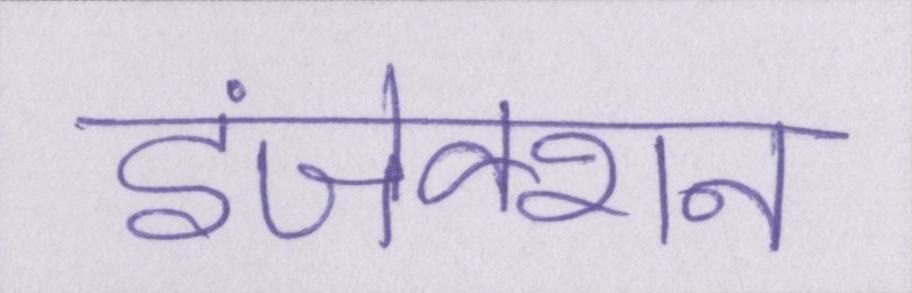
इंजेक्शन